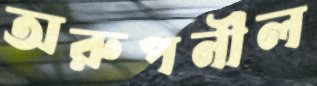
অরুপনীল